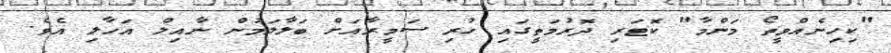
"ކިހިނެއްވީތޯ މަންމާ" ކޮޓަރި ދޮރުމަތީގައި ހުރި ސަމީރާއަށް ބަލާލަމުން ނާއިލް އަހާލި އެވެ.